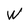
Character: W